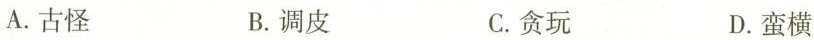
A.古怪 B.调皮 C.贪玩 D.蛮横